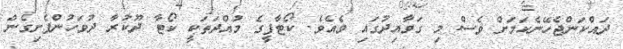
ދައްކަންޖެހޭނެކަމަށް ވެސް މި ގަވާއިދުގައި ވެއެވެ. ކޯޓާފީގެ މުއްދަތަކީ ކޯޓާ ދޫކުރާ ދުވަހުންފެށިގެން